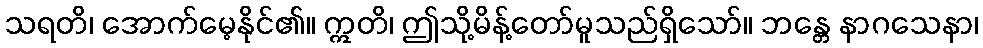
သရတိ၊ အောက်မေ့နိုင်၏။ ဣတိ၊ ဤသို့မိန့်တော်မူသည်ရှိသော်။ ဘန္တေ နာဂသေနာ၊